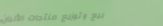
بيع وتوزيع منتجات الألبان